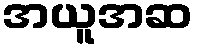
အယူအဆ